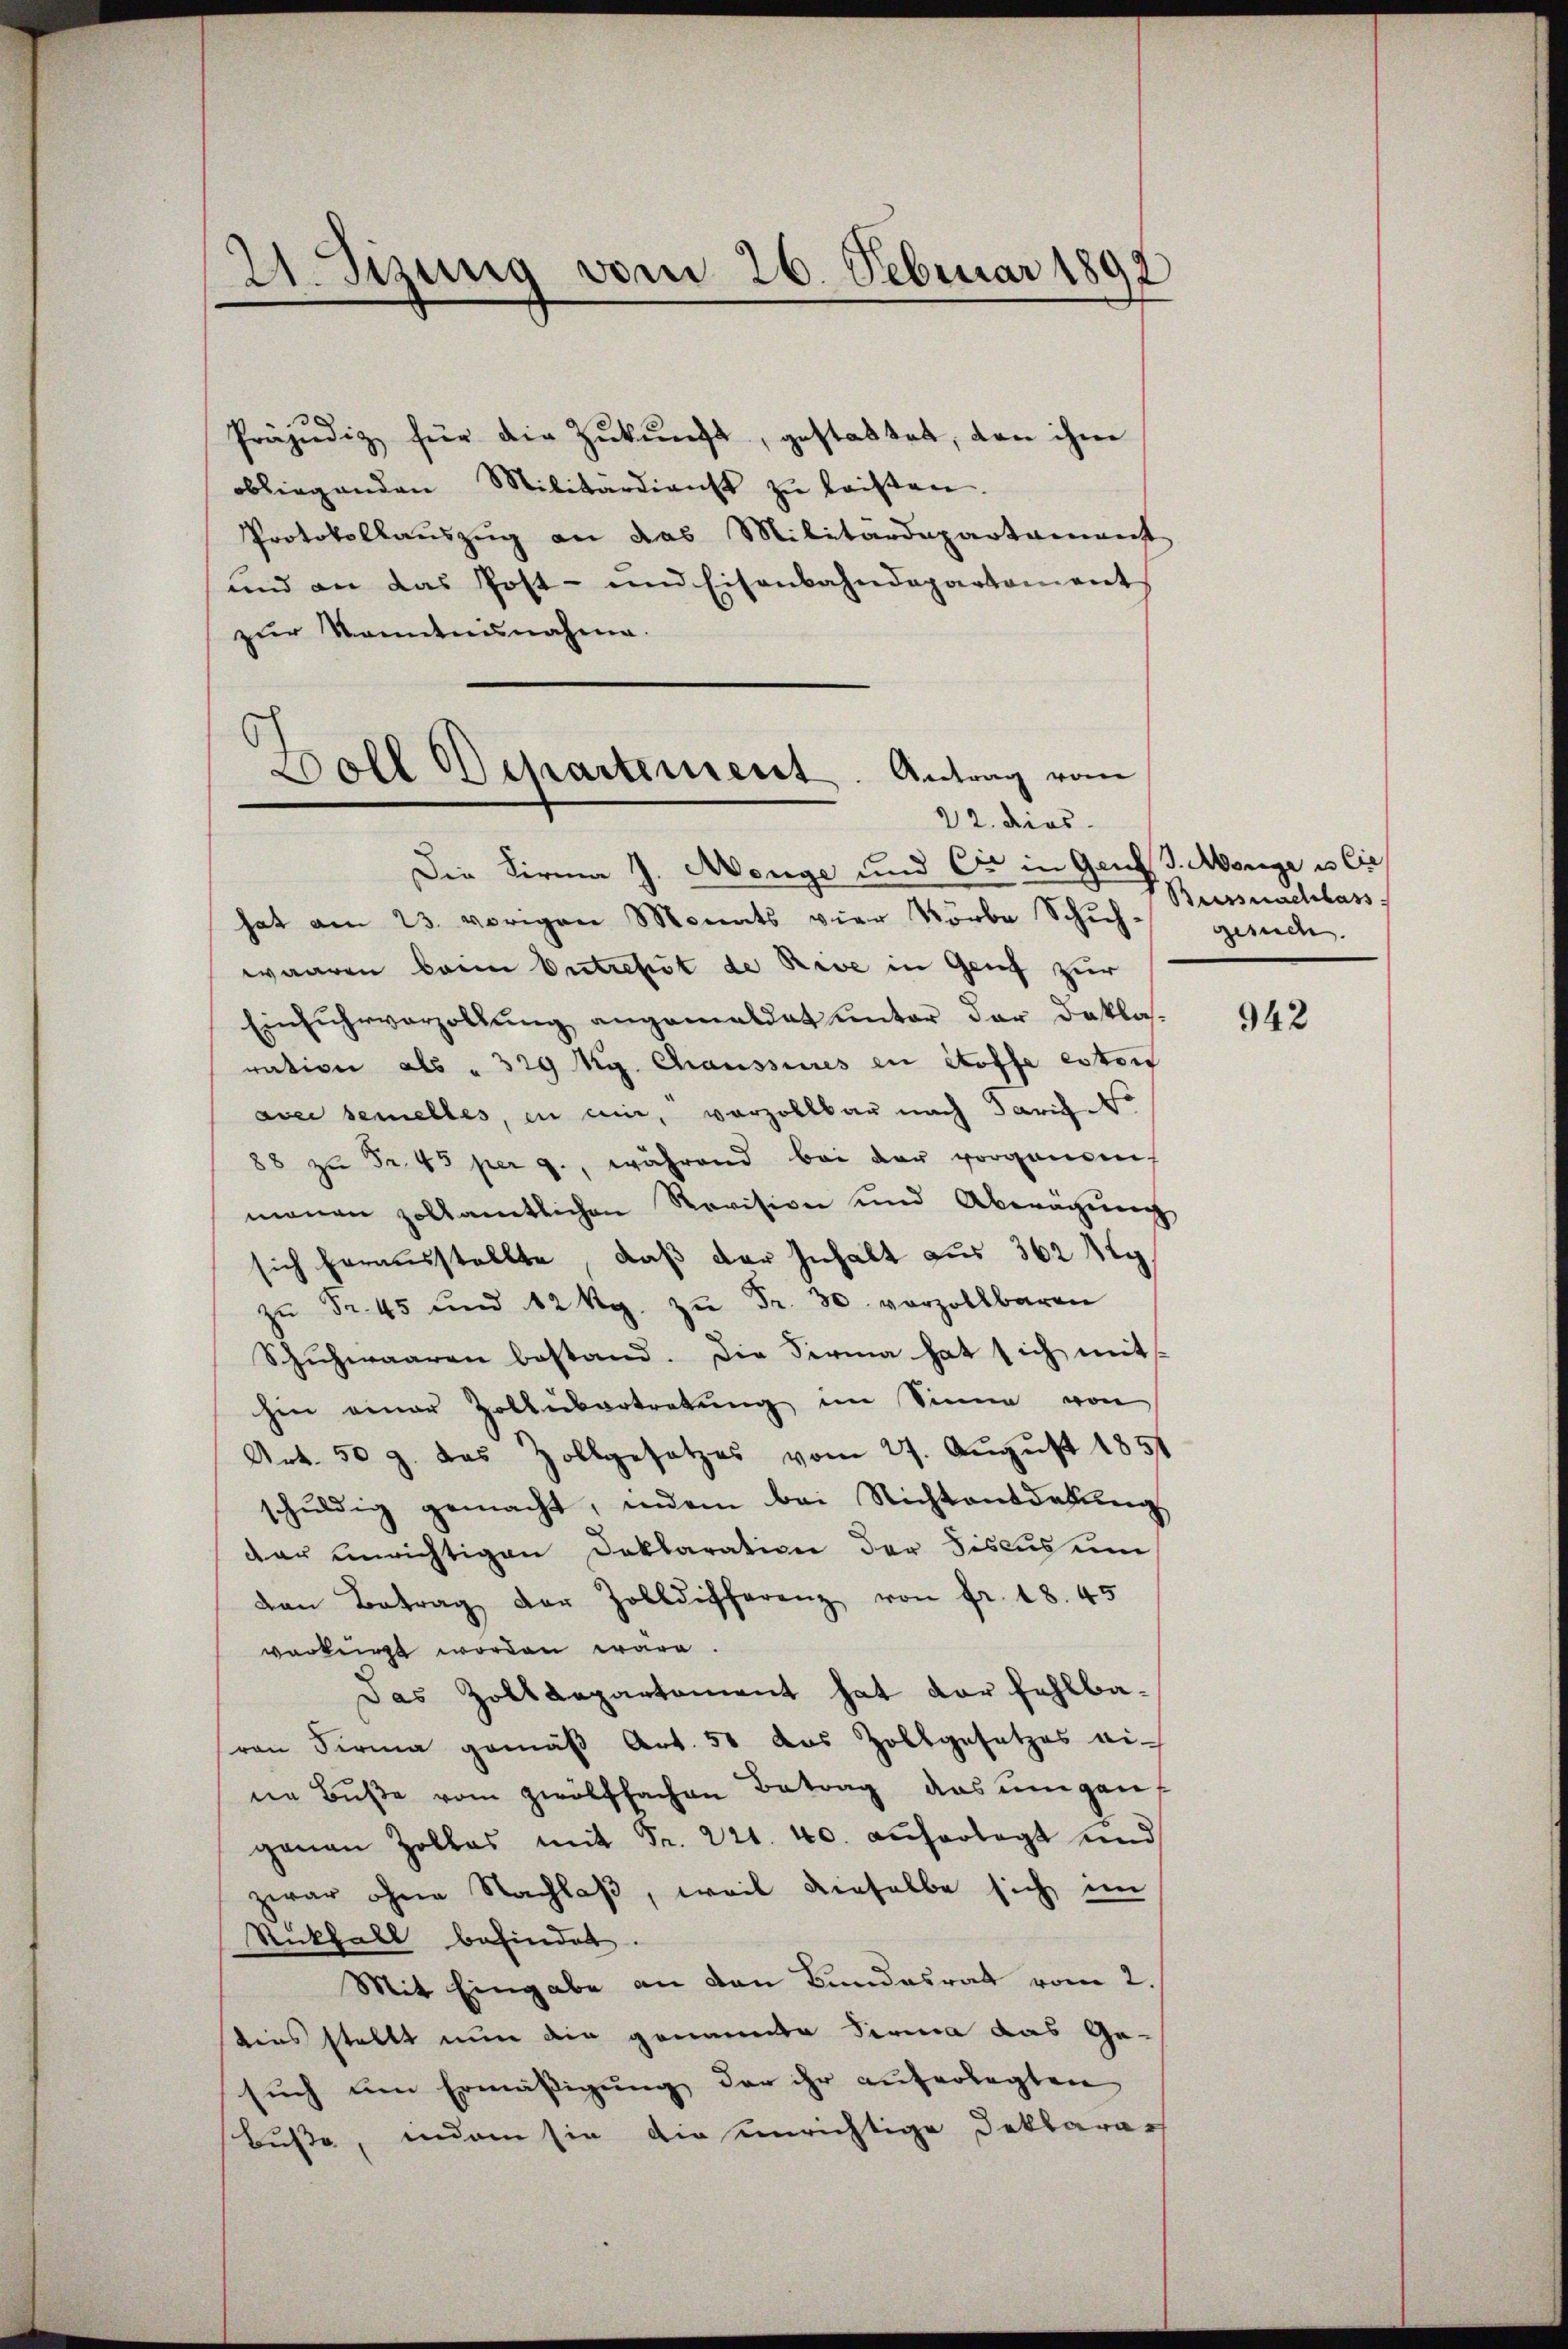
2. Sitzung vom 26. Februar 1892

Präjudiz für die Zŭkŭnft, gestattet, von ihm
obliegenden Militärdienst zŭ leisten.
Protokollauszug an das Militärdepartement
und an das Post- und Eisenbahndepartement
zur Kenntnisnahme.
Die Firma J. Menge und C in Genf. Morge u. Cie
hat am 23. vorigen Monats vier Körbe Schuh-
waaren beim Entrefit de Reve in Genf zur
Einfuhrverzollŭng angemaldat ŭnter der Daklas-
ration als " 329 fig. Chaussures in Stoffe eston
aver bemelles, in mir, vorzollbar nach darich No
88 zŭ Fr. 43 per 9., während bei der vorgenen
manen zollamtlichen Revisione und Abwägŭng
sich herausstellte, daß der Inhalt aus 362 g
zŭ Fr. 45 und 12 kg. zŭ Fr. 30. vorzollbaren
Schuhwaaren bestand. Die Firma hat sich mit
hin einer Zollbertretung im Sinne von
Art. 50 J. das Zollgesetzes vom 27. August 1851
schŭldig gemacht, indem bei Nichtansdatŭng
dar unrichtigen Deklaration der Fiscus um
den Betrag der Zolldifferenz von fr. 18. 45
verkürzt worden wäre.
Das Zolldepartement hat der fehlbavon Firma gemäβ Art. 50 das Zollgesetzes ei-
ne Bŭβe vom zwölffachen Betrag das ungen-
genau Zollas mit Fr. 221. 40. auferlegt und
zwar ohne Nachlaβ, weil dieselbe sich im
Rückfall befindet.
Mit Eingabe an den Bundesrat vom 2.
bens stellt nun die genannte Firma das Ge-
such um Ermäßigung der ihr auferlegten
Buße, indem sie die unrichtige Deklarar

Soll Departement. Antrag vom
22. dies

Bussnachlass
gesuch.

942